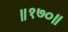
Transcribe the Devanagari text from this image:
॥१७०॥